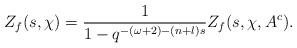
LaTeX: \begin{align*}Z_f(s, \chi)=\dfrac{1}{1-q^{-(\omega+2)-(n+l)s}}Z_f(s, \chi, A^c).\end{align*}